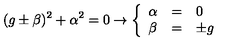
( g \pm \beta ) ^ { 2 } + \alpha ^ { 2 } = 0 \rightarrow \left\{ \begin{array} { l c l } { \alpha } & { = } & { 0 } \\ { \beta } & { = } & { \pm g } \\ \end{array} \right.